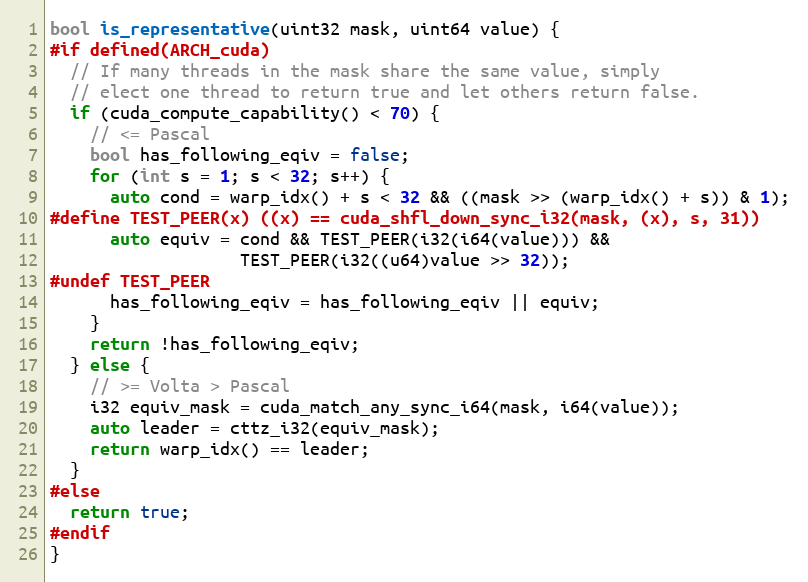
Language: C
bool is_representative(uint32 mask, uint64 value) {
#if defined(ARCH_cuda)
  // If many threads in the mask share the same value, simply
  // elect one thread to return true and let others return false.
  if (cuda_compute_capability() < 70) {
    // <= Pascal
    bool has_following_eqiv = false;
    for (int s = 1; s < 32; s++) {
      auto cond = warp_idx() + s < 32 && ((mask >> (warp_idx() + s)) & 1);
#define TEST_PEER(x) ((x) == cuda_shfl_down_sync_i32(mask, (x), s, 31))
      auto equiv = cond && TEST_PEER(i32(i64(value))) &&
                   TEST_PEER(i32((u64)value >> 32));
#undef TEST_PEER
      has_following_eqiv = has_following_eqiv || equiv;
    }
    return !has_following_eqiv;
  } else {
    // >= Volta > Pascal
    i32 equiv_mask = cuda_match_any_sync_i64(mask, i64(value));
    auto leader = cttz_i32(equiv_mask);
    return warp_idx() == leader;
  }
#else
  return true;
#endif
}